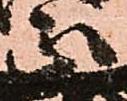
正